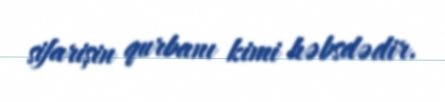
sifarişin qurbanı kimi həbsdədir.